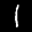
Label: 1